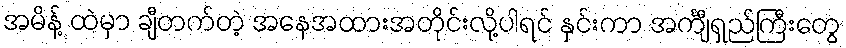
အမိန့် ထဲမှာ ချီတက်တဲ့ အနေအထားအတိုင်းလို့ပါရင် နှင်းကာ အင်္ကျီရှည်ကြီးတွေ